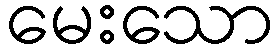
မေးသော